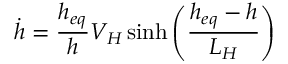
\dot { h } = \frac { h _ { e q } } { h } V _ { H } \sinh \left( \frac { h _ { e q } - h } { L _ { H } } \right)